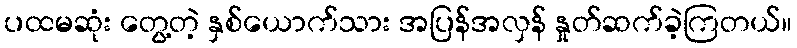
ပထမဆုံး တွေ့တဲ့ နှစ်ယောက်သား အပြန်အလှန် နှုတ်ဆက်ခဲ့ကြတယ်။